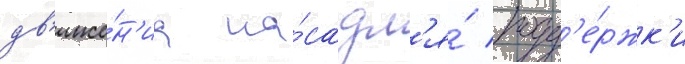
дв'иже́н'иа на́са дл'я́ подд'е́ржк'и